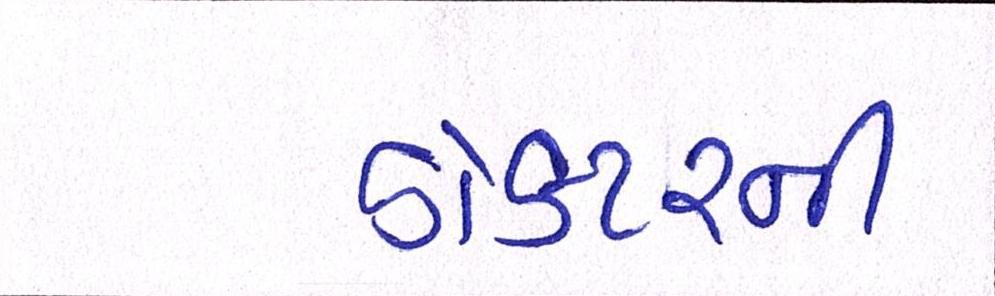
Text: ડોકટરની